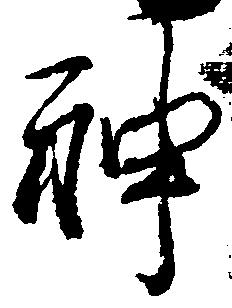
神